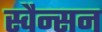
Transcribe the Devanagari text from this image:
स्वैन्सन